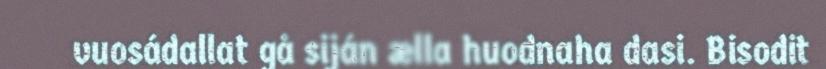
vuosádallat gå siján ælla huodnaha dasi. Bisodit